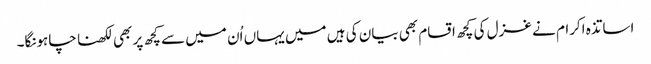
اساتذہ اکرام نے غزل کی کچھ اقسام بھی بیان کی ہیں میں یہاں اُن میں سے کچھ پر بھی لکھنا چاہونگا۔